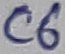
Text: C6